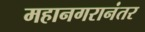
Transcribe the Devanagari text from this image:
महानगरानंतर